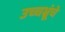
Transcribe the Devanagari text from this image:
उच्चभ्रूंचे